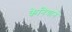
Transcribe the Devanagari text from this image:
केनियाने